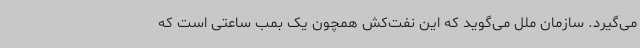
می‌گیرد. سازمان ملل می‌گوید که این نفت‌کش همچون یک بمب ساعتی است که